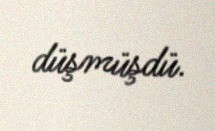
düşmüşdü.